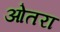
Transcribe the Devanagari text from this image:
ओतरा